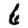
Digit: 6